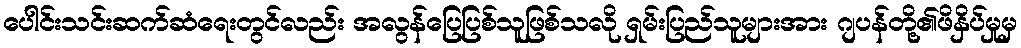
ပေါင်းသင်းဆက်ဆံရေးတွင်လည်း အလွန်ပြေပြစ်သူဖြစ်သလို ရှမ်းပြည်သူများအား ဂျပန်တို့၏ဖိနှိပ်မှုမှ